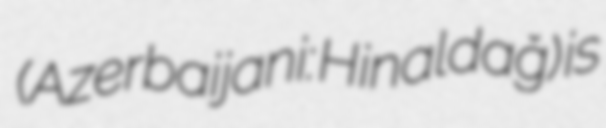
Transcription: (Azerbaijani: Hinaldağ) is